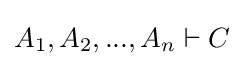
A_{1},A_{2},...,A_{n}\vdash C